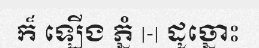
ក៏ ឡើង ភ្នំ |-| ដូច្នោះ